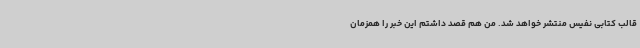
قالب کتابی نفیس منتشر خواهد شد. من هم قصد داشتم این خبر را همزمان